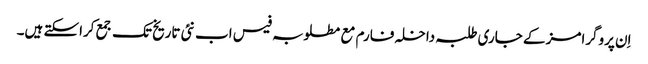
اِن پروگرامز کے جاری طلبہ داخلہ فارم مع مطلوبہ فیس اب نئی تاریخ تک جمع کراسکتے ہیں۔